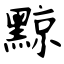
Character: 黥